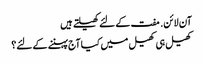
آن لائن. مفت کے لئے کھیلتے ہیں
کھیل ہی کھیل میں کیا آج پہننے کے لئے؟